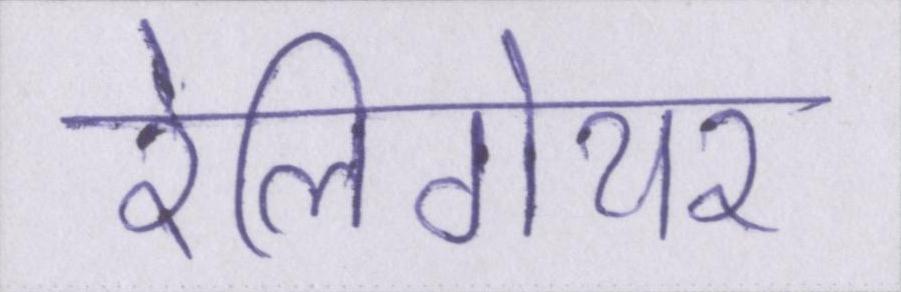
रेलिगेयर